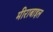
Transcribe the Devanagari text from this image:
मीराबाइल